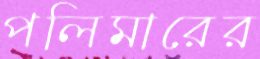
পলিমারের